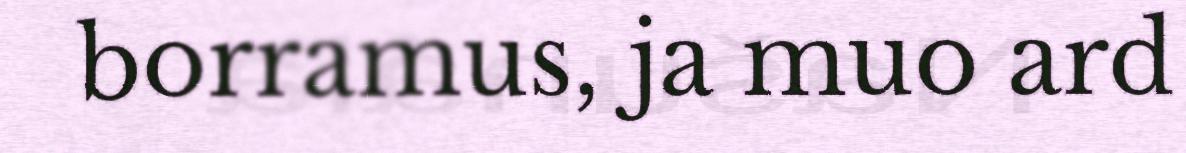
borramus, ja muo ard